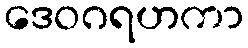
ဒေဝဂရဟကာ